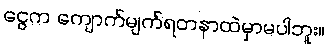
ငွေက ကျောက်မျက်ရတနာထဲမှာမပါဘူး။